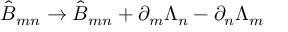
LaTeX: \hat { B } _ { m n } \rightarrow \hat { B } _ { m n } + \partial _ { m } \Lambda _ { n } - \partial _ { n } \Lambda _ { m }